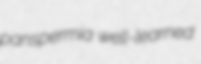
panspermia well-learned